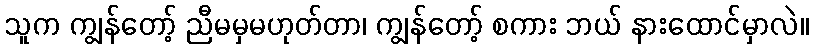
သူက ကျွန်တော့် ညီမမှမဟုတ်တာ၊ ကျွန်တော့် စကား ဘယ် နားထောင်မှာလဲ။